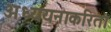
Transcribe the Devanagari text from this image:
अध्ययनाकरिता